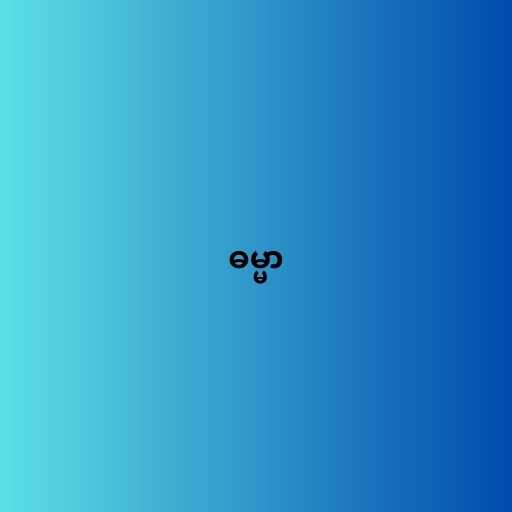
ဓမ္မာ